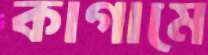
কাগামে